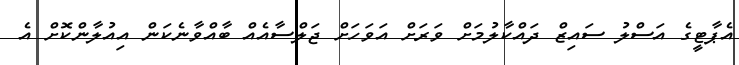
އެޕާޓީގެ އަސްލު ސައިޒް ދައްކާލުމަށް ވަރަށް އަވަހަށް ޖަލްސާއެއް ބާއްވާނެކަން އިއުލާންކޮށް އެ